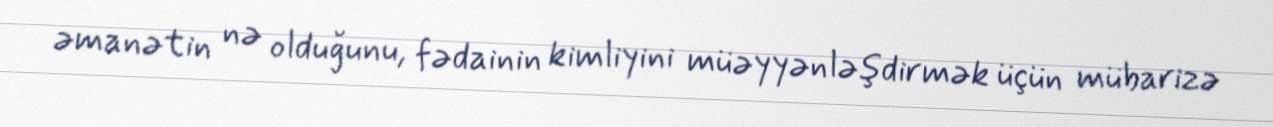
əmanətin nə olduğunu, fədainin kimliyini müəyyənləşdirmək üçün mübarizə